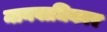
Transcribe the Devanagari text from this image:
मानवाधिकार